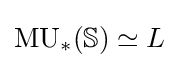
\operatorname {MU} _{*}(\mathbb {S} )\simeq L